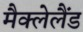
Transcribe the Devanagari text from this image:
मैक्लेलैंड